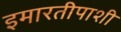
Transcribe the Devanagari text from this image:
इमारतीपाशी